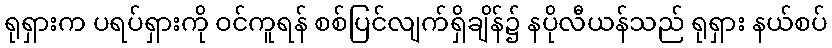
ရုရှားက ပရပ်ရှားကို ဝင်ကူရန် စစ်ပြင်လျက်ရှိချိန်၌ နပိုလီယန်သည် ရုရှား နယ်စပ်